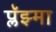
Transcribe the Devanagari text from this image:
प्लॅझ्मा